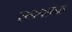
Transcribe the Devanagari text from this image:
समयसंगत